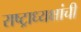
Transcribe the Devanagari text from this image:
राष्ट्राध्यक्षांची